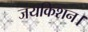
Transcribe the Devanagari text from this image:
जयकिशन।